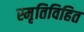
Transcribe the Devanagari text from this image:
स्मृतिविहित